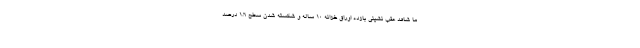
ما شاهد عقب نشینی بازده اوراق خزانه ۱۰ ساله و شکسته شدن سطح ۱.۶ درصد